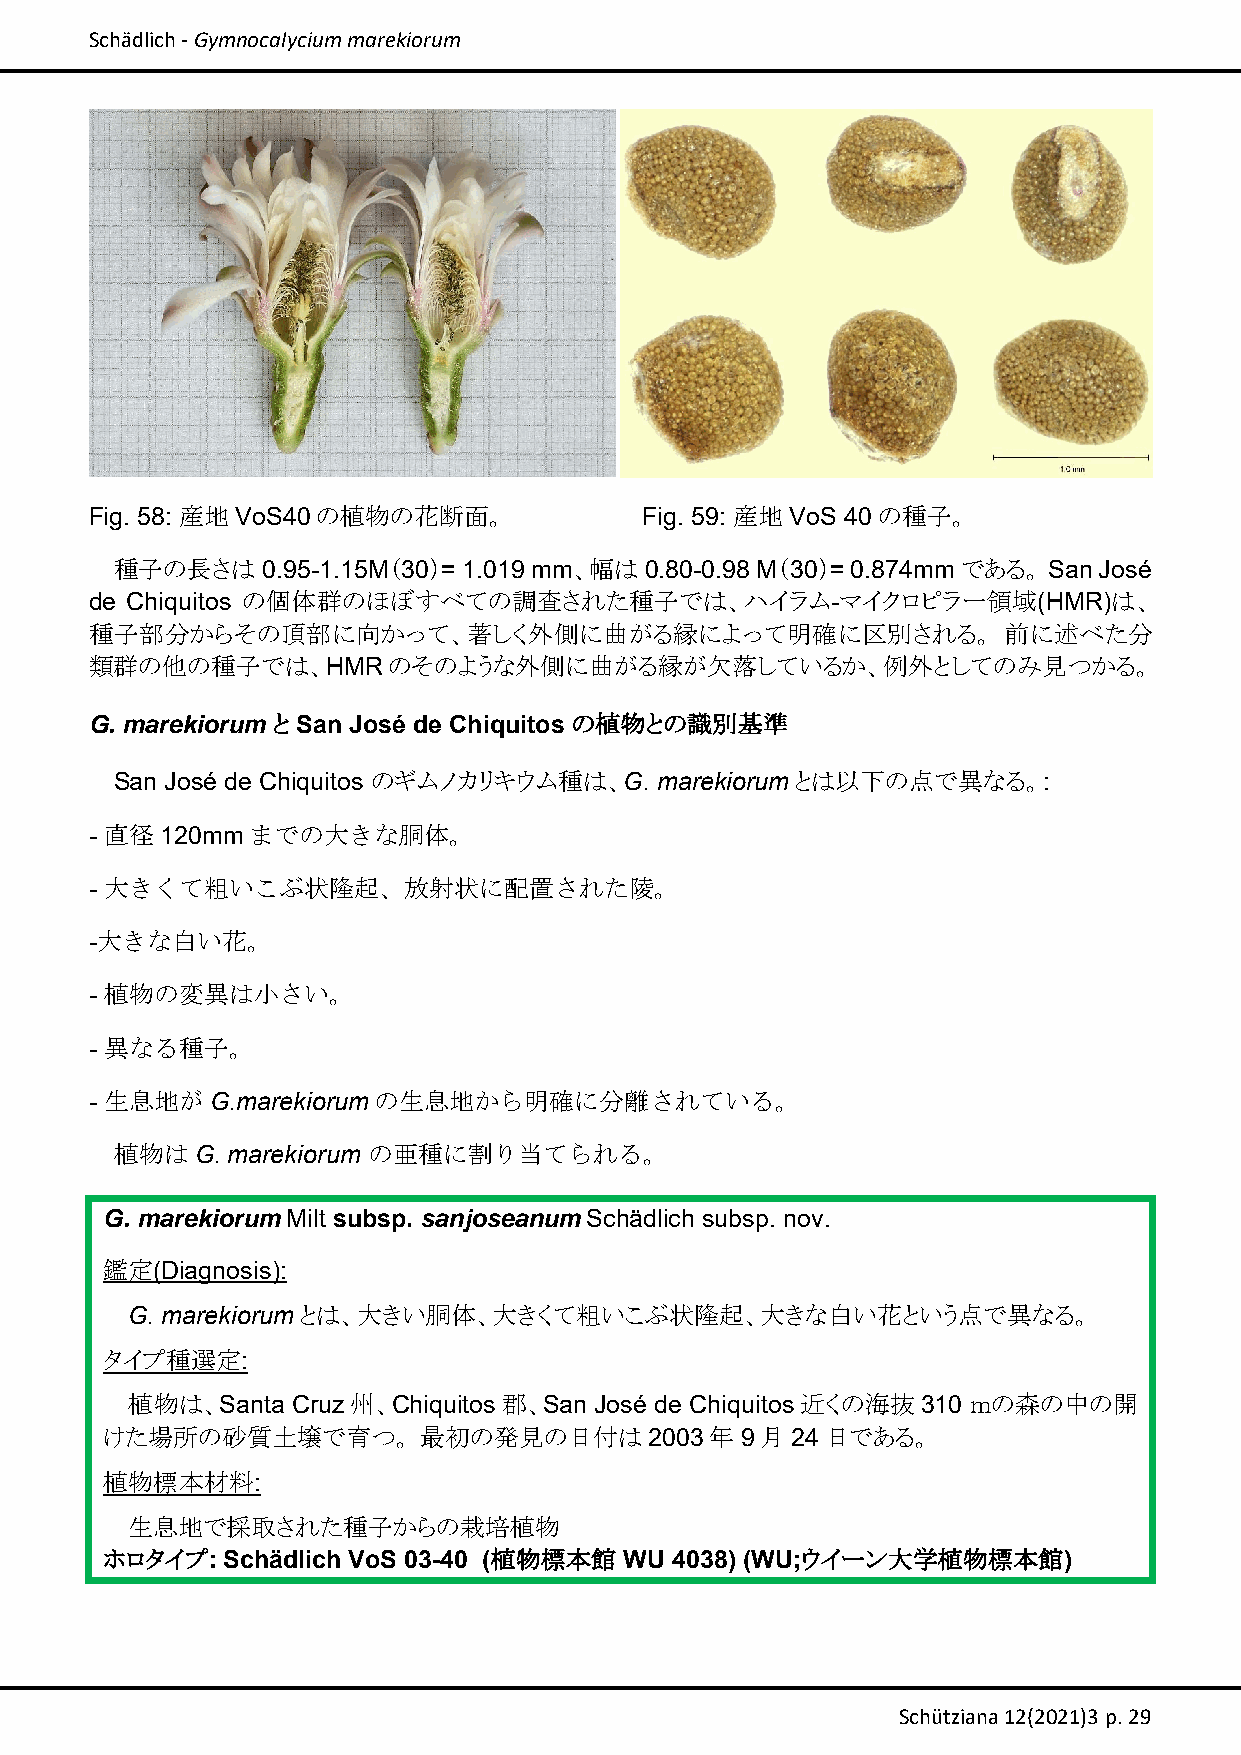
Schädlich ‐ Gymnocalycium marekiorum
 Fig. 58: 産地VoS40の植物の花断面。             Fig. 59: 産地 VoS 40の種子。
 種子の長さは   0.95-1.15M（30）= 1.019 mm、幅は 0.80-0.98 M（30）= 0.874mmである。 San José
 de Chiquitos の個体群のほぼすべての調査された種子では、ハイラム-マイクロピラー領域(HMR)は、
 種子部分からその頂部に向かって、著しく外側に曲がる縁によって明確に区別される。                     前に述べた分
 類群の他の種子では、HMRのそのような外側に曲がる縁が欠落しているか、例外としてのみ見つかる。
 G. marekiorum と San José de Chiquitos の植物との識別基準
 San José de Chiquitos のギムノカリキウム種は、G. marekiorumとは以下の点で異なる。:
 - 直径120mmまでの大きな胴体。
 - 大きくて粗いこぶ状隆起、放射状に配置された陵。
 -大きな白い花。
 - 植物の変異は小さい。
 - 異なる種子。
 - 生息地がG.marekiorumの生息地から明確に分離されている。
 植物はG.  marekiorum の亜種に割り当てられる。
 G. marekiorum Milt subsp. sanjoseanum Schädlich subsp. nov.
 鑑定(Diagnosis):
 G. marekiorumとは、大きい胴体、大きくて粗いこぶ状隆起、大きな白い花という点で異なる。
 タイプ種選定:
 植物は、Santa  Cruz州、Chiquitos郡、San José de Chiquitos近くの海抜310 ｍの森の中の開
 けた場所の砂質土壌で育つ。        最初の発見の日付は      2003年9月24日である。
 植物標本材料:
 生息地で採取された種子からの栽培植物
 ホロタイプ:  Schädlich VoS 03-40 (植物標本館 WU 4038) (WU;ウイーン大学植物標本館)
 Schütziana 12(2021)3 p. 29